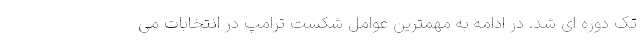
تک دوره ای شد. در ادامه به مهمترین عوامل شکست ترامپ در انتخابات می